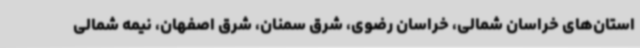
استان‌های خراسان شمالی، خراسان رضوی، شرق سمنان، شرق اصفهان، نیمه شمالی